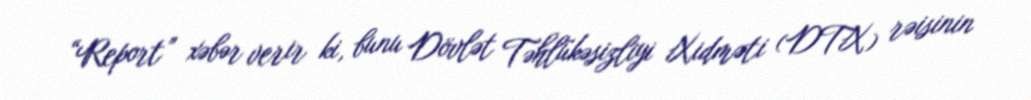
“Report” xəbər verir ki, bunu Dövlət Təhlükəsizliyi Xidməti (DTX) rəisinin